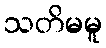
သတိမမူ